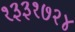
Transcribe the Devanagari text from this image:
१३३१७२४